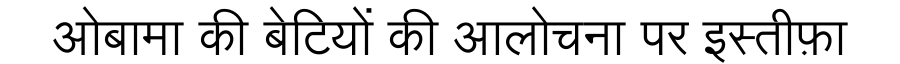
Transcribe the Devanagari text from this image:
ओबामा की बेटियों की आलोचना पर इस्तीफ़ा